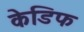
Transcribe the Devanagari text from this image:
केडिफ